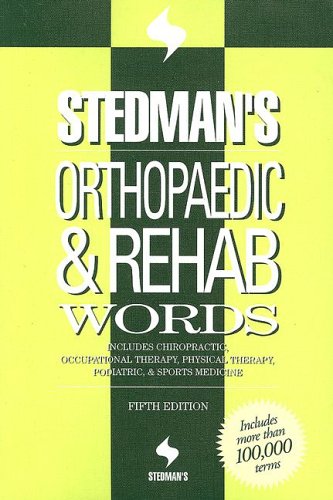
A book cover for Stedman's Orthopaedic & Rehab Words: With Podiatry, Chiropractic, Physical Therapy & Occupational Therapy Words (Stedman's Word Books); Stedman's; Medical Books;